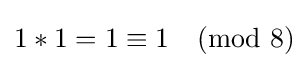
1*1=1\equiv 1{\pmod {8}}